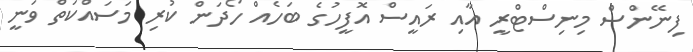
ފިނޭންސް މިނިސްޓްރީ އާއި ރައީސް އޮފީހުގެ ބަހެއް ހޯދަން ކުރި މަސައްކަތް ވަނީ